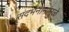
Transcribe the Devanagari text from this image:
संदर्भनामांमुळे